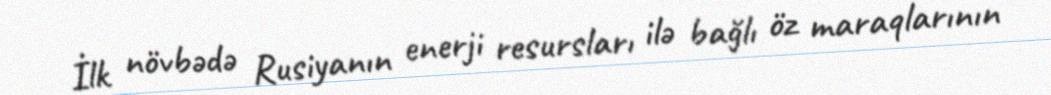
İlk növbədə Rusiyanın enerji resursları ilə bağlı öz maraqlarının